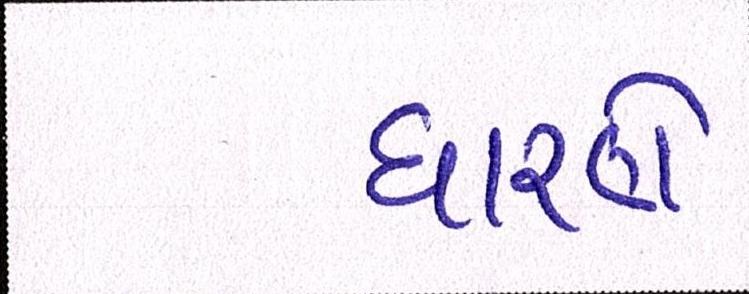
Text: ધારણે